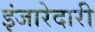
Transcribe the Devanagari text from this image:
इंजारेदारी